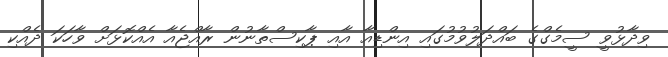
ވިދާޅުވީ ސީމެގްގެ ބައްދަލުވުމުގައި އިންޑިއާ އާއި ޕާކިސްތާނުން ރާއްޖެއާ އެއްކޮޅަށް ވާހަކަ ދެއްކި